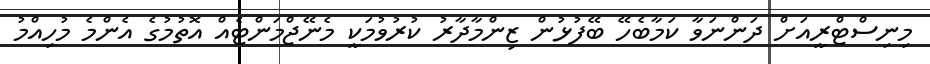
މިނިސްޓްރީއަށް ދަންނަވާ ކަމާބެހޭ ބޭފުޅުން ޒިންމާދާރު ކުރުވުމަކީ މެނޭޖްމަންޓެއް އޮތުމުގެ އެންމެ މުހިއްމު